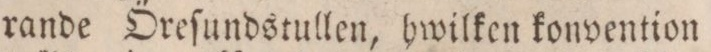
rande Öreſundstullen, hwilken konvention